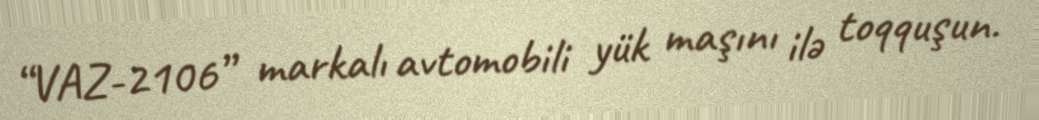
“VAZ-2106” markalı avtomobili yük maşını ilə toqquşun.